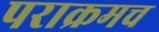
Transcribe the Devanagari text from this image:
पराक्रमच